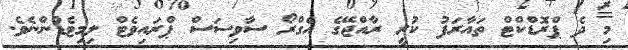
މި ދެ ޕްރޮޑްކްޓް ތައާރަފު ކުރީ ރާއްޖޭގެ އެގްރޯ ސާވިސަސް ޕްރައިވެޓް ލިމިޓެޑުންނެވެ.